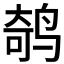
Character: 𱊁